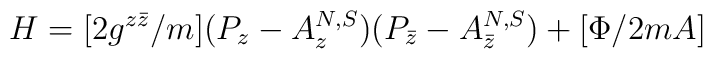
H=[2g^{z\bar z}/m](P_z-A^{N,S}_z)(P_{\bar z}-A^{N,S}_{\bar z})+[\Phi/2mA]